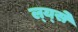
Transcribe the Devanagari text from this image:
ल्य्से